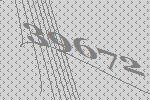
39672